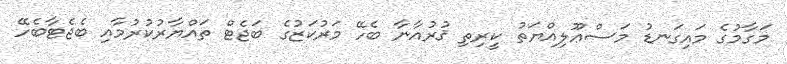
މަގާމުގެ މައިގަނޑު މަސްޢޫލިއްޔަތު ކީރިތި ޤުރުއާނާ ބެހޭ މަރުކަޒުގެ ބަޖެޓް ތައްޔާރުކުރުމާއި ބެޖެޓާބެހޭ